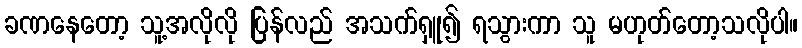
ခဏနေတော့ သူ့အလိုလို ပြန်လည် အသက်ရှူ၍ ရသွားကာ သူ မဟုတ်တော့သလိုပါ။